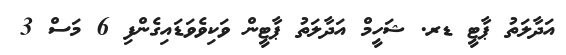
އަދާލަތު ޕާޓީ ޑރ. ޝަހީމް އަދާލަތު ޕާޓީން ވަކިވެވަޑައިގެންފި 6 މަސް 3